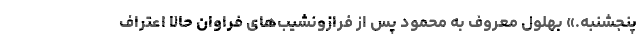
پنجشنبه.» بهلول معروف به محمود پس از فرازونشیب‌های فراوان حالا اعتراف